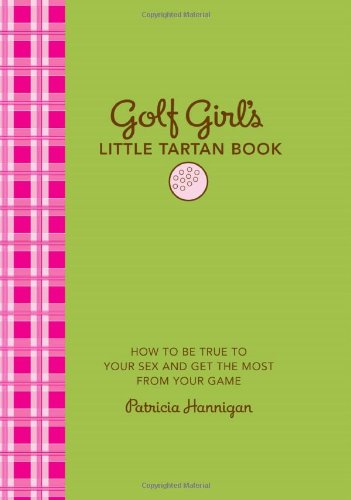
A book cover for Golf Girl's Little Tartan Book: How to Be True to Your Sex and Get the Most from Your Game; Patricia Hannigan; Sports & Outdoors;